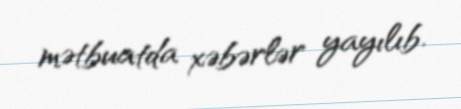
mətbuatda xəbərlər yayılıb.